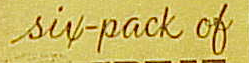
six-pack of